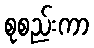
စုစည်းကာ